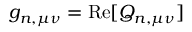
g _ { n , \mu \nu } = \operatorname { R e } [ Q _ { n , \mu \nu } ]